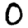
Digit: 0